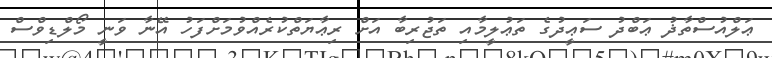
ޢަލްއުސްތާޛު ޢަބްދު ސަޢީދުގެ ތަޢުލީމާއި ތަޖުރިބާ އަށް ރިޢާޔަތްކުރެއްވުމަށްފަހު އޭނާ ވަނީ މޯލްޑިވްސް